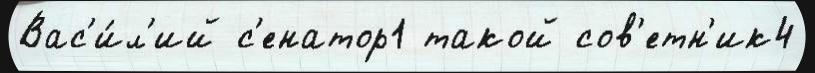
Вас'и́л'ий с'енатор1 такой сов'етн'ик4